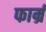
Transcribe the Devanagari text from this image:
फार्म्र